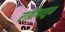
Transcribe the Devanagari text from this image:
रात्रीपासुन